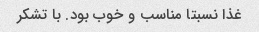
غذا نسبتا مناسب و خوب بود. با تشکر